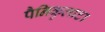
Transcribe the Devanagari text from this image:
पैनिकुलाटा